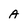
Character: A